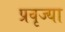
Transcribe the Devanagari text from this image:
प्रवृज्या